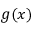
g ( x )